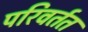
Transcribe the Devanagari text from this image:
परिवर्तत